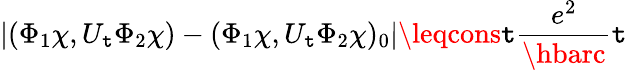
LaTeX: |(\Phi_{1}\chi,U_{\mathtt{t}}\Phi_{2}\chi)-(\Phi_{1}\chi,U_{\mathtt{t}}\Phi_{2}\chi)_{0}|\leqcons\mathtt{t}\frac{{e^{2}}}{{\hbarc}}\mathtt{t}